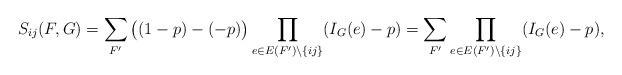
LaTeX: \begin{align*} S_{ij}(F,G)=\sum_{F'} \big((1-p)-(-p)\big)\prod_{e\in E(F') \setminus \{ij\}} (I_{G}(e)-p)=\sum_{F'} \prod_{e\in E(F') \setminus \{ij\}} (I_{G}(e)-p), \end{align*}